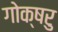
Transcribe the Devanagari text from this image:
गोक्षरु